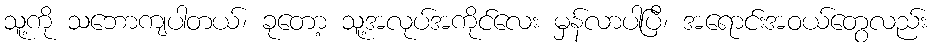
သူ့ကို သဘောကျပါတယ်၊ ခုတော့ သူ့အလုပ်အကိုင်လေး မှန်လာပါပြီ၊ အရောင်းအဝယ်တွေလည်း